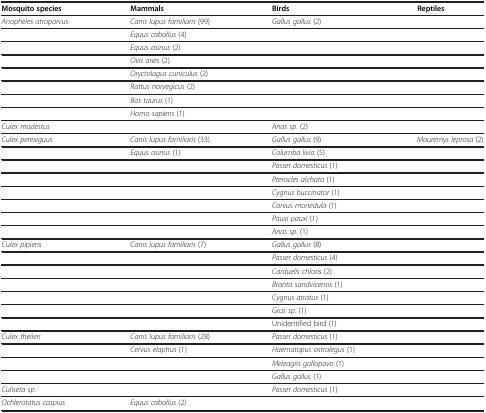
| Mosquito species | Mammals | Birds | Reptiles |
 | --- | --- | --- | --- |
 | Anopheles atroparvus | Canis lupus familiaris (99) | Gallus gallus (2) |  |
 |  | Equus caballus (4) |  |  |
 |  | Equus asinus (2) |  |  |
 |  | Ovis aries (2) |  |  |
 |  | Oryctolagus cuniculus (2) |  |  |
 |  | Rattus norvegicus (2) |  |  |
 |  | Bos taurus (1) |  |  |
 |  | Homo sapiens (1) |  |  |
 | Culex modestus |  | Anas sp. (2) |  |
 | Culex perexiguus | Canis lupus familiaris (33) | Gallus gallus (9) | Mauremys leprosa (2) |
 |  | Equus asinus (1) | Columba livia (5) |  |
 |  |  | Passer domesticus (1) |  |
 |  |  | Pterocles alchata (1) |  |
 |  |  | Cygnus buccinator (1) |  |
 |  |  | Corvus monedula (1) |  |
 |  |  | Pauxi pauxi (1) |  |
 |  |  | Anas sp. (1) |  |
 | Culex pipiens | Canis lupus familiaris (7) | Gallus gallus (8) |  |
 |  |  | Passer domesticus (4) |  |
 |  |  | Carduelis chloris (2) |  |
 |  |  | Branta sandvicensis (1) |  |
 |  |  | Cygnus atratus (1) |  |
 |  |  | Grus sp. (1) |  |
 |  |  | Unidentified bird (1) |  |
 | Culex theileri | Canis lupus familiaris (28) | Passer domesticus (1) |  |
 |  | Cervus elaphus (1) | Haematopus ostralegus (1) |  |
 |  |  | Meleagris gallopavo (1) |  |
 |  |  | Gallus gallus (1) |  |
 | Culiseta sp. |  | Passer domesticus (1) |  |
 | Ochlerotatus caspius | Equus caballus (2) |  |  |